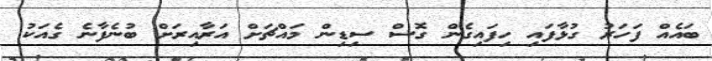
ބައެއް ފަހަރު ގުޅާފައި ހިފައިގެން ގޮސް ސިޑިން މައްޗަށް އަރާއިރަށް ބުނެފާނެ ގެއަކު